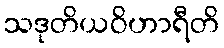
သဒုတိယဝိဟာရီတိ